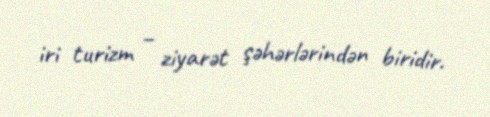
iri turizm – ziyarət şəhərlərindən biridir.